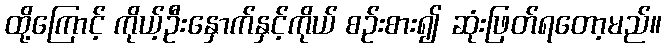
ထို့ကြောင့် ကိုယ့်ဦးနှောက်နှင့်ကိုယ် စဉ်းစား၍ ဆုံးဖြတ်ရတော့မည်။